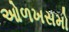
ઓળખસમો